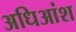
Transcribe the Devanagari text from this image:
अधिआंश